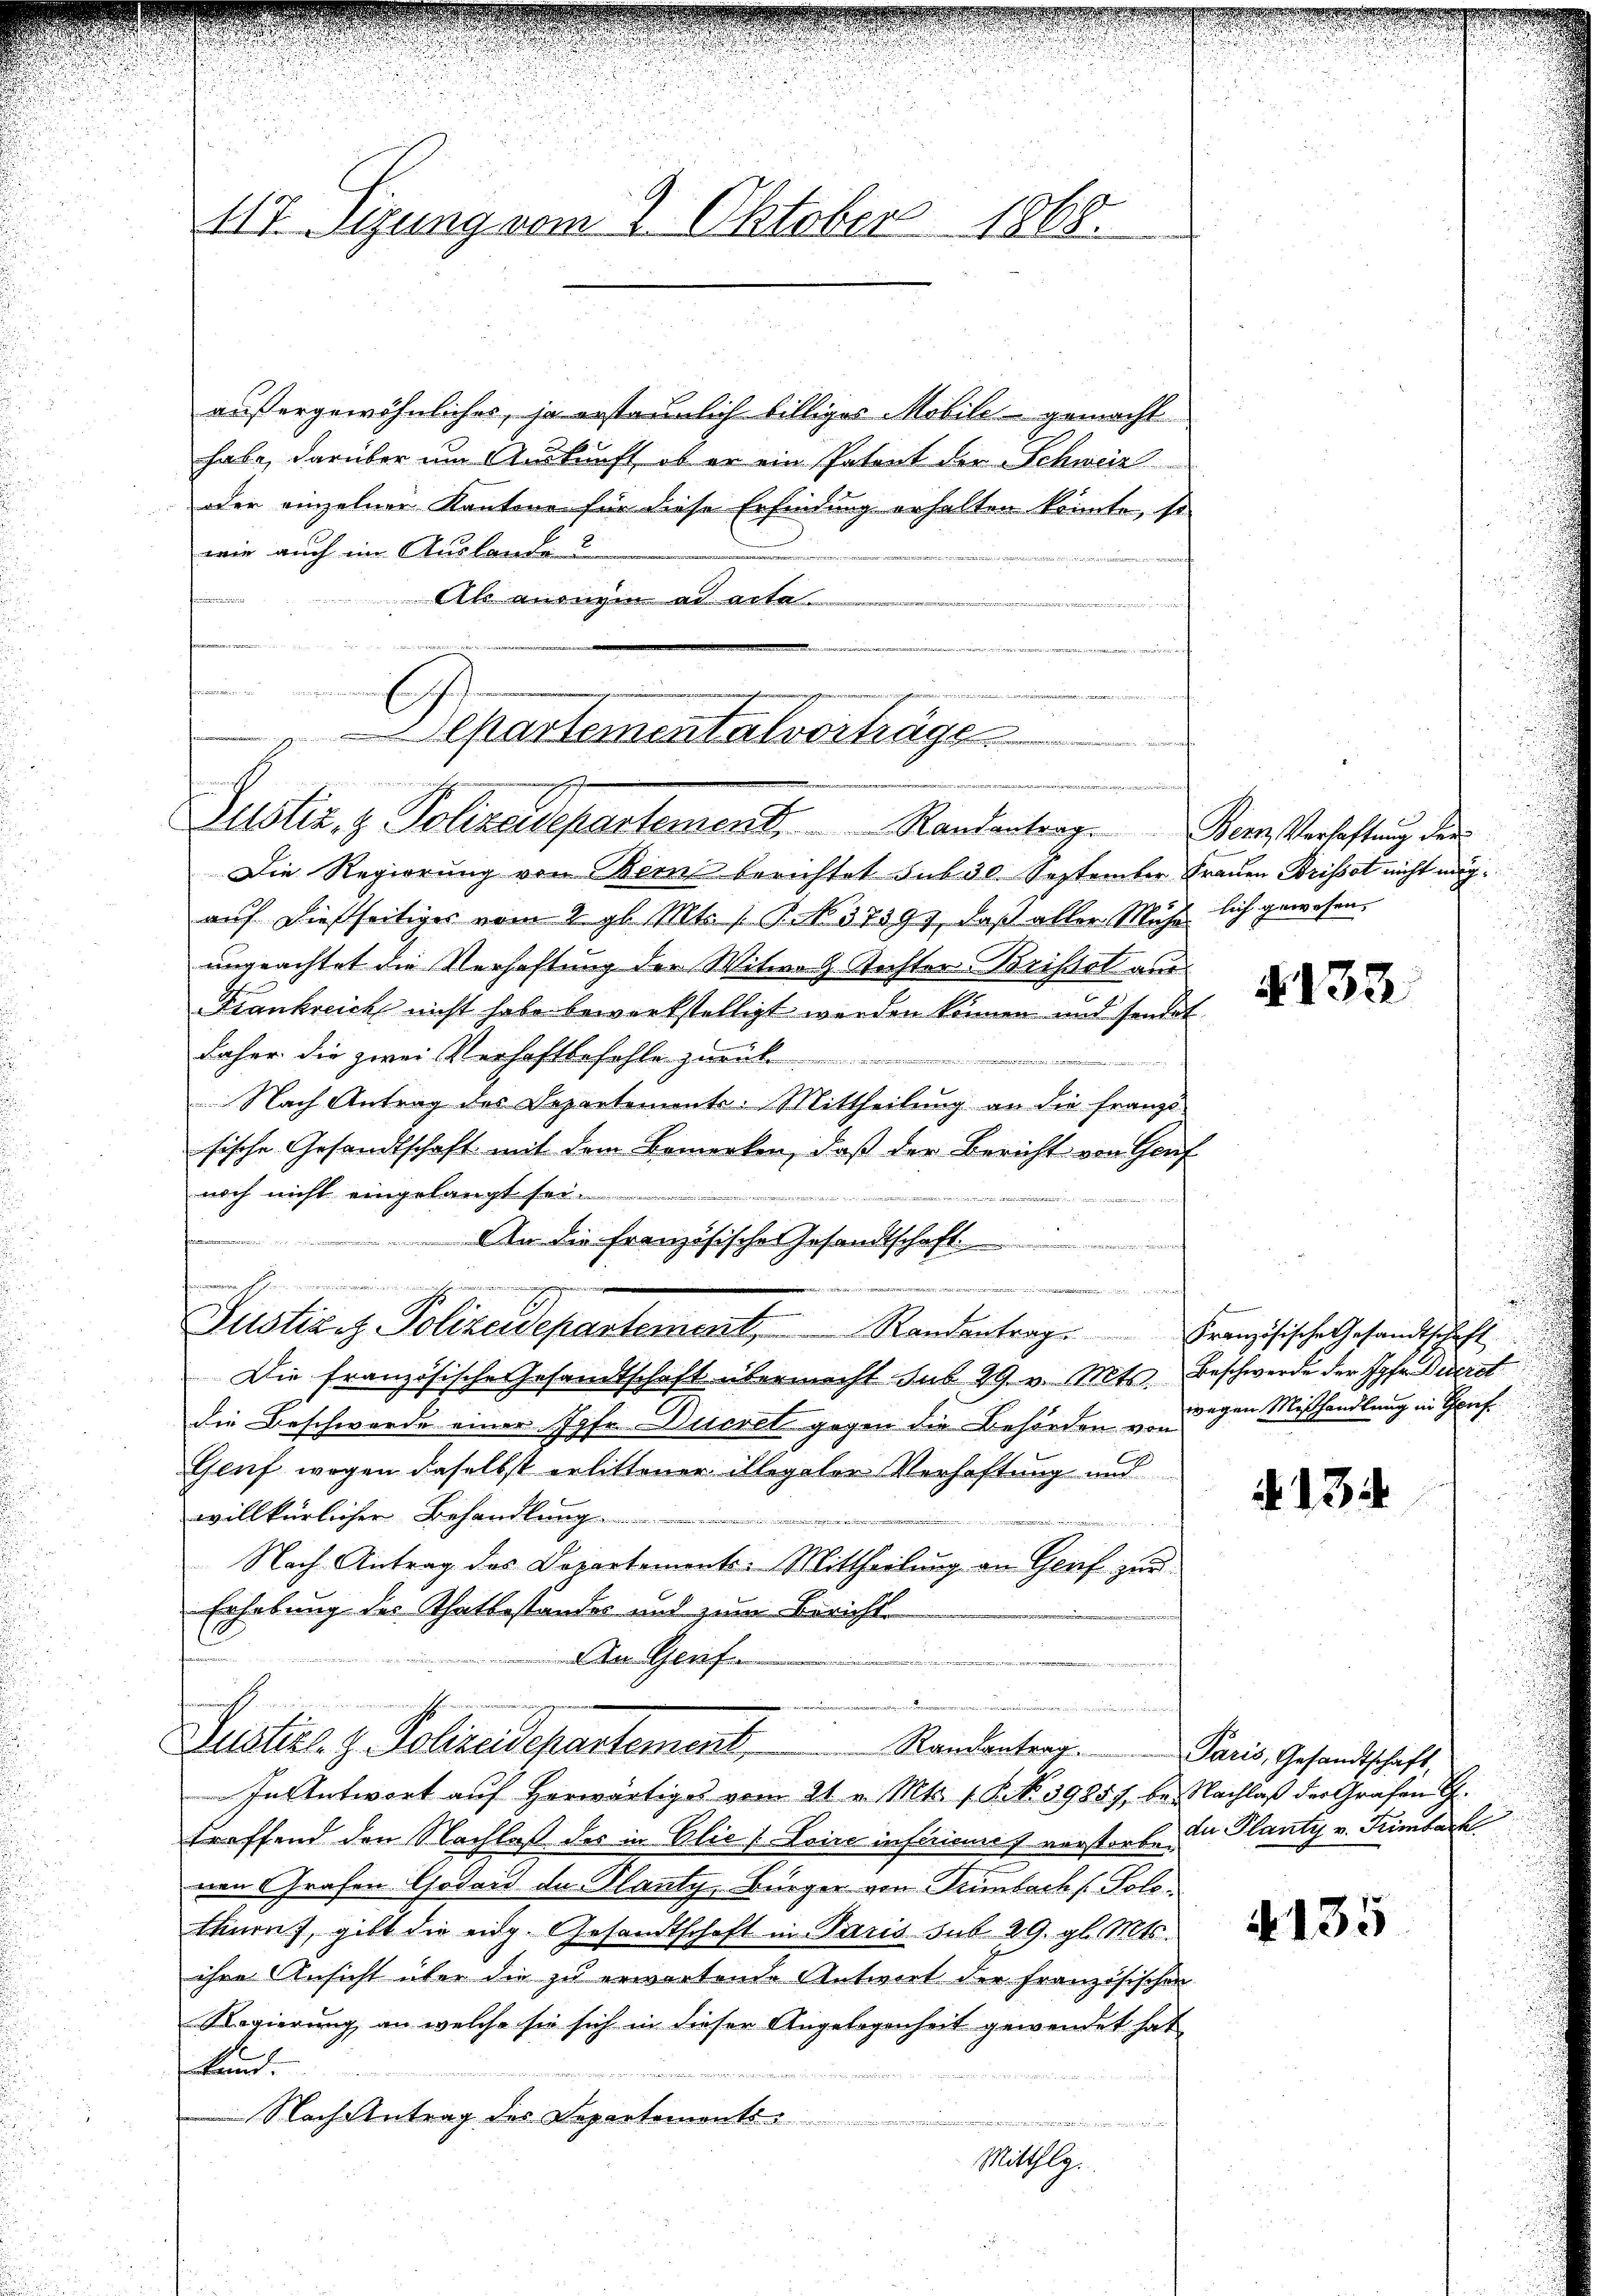
117. Sitzung vom 2. Oktober 1868.

Zustiz- & Polizeidepartement. Kantantrag. Der Verlachtung des

Justiz- & Polizeidepartement Randantrag. Paris, Gesandtschaft,

außergewöhnliches, ja erstaunlich billiges Mobile gemacht
habe, darüber um Auskunft, ob er ein Patent der Schweiz
oder einzelner Kantone für diese Erfindung erhalten könnte, so
wie auch im Auslande
Al anregen ad acta
u
epartementalvorträge

Die Regierung von Bern berichtet sub 30. September Frauen Brissot nicht mögauf dießseitiges vom 2. gl. Mts. (T. N. 37594, daß aller Mühe lich gewesen.
ungeachtet die Verhaftung der Witwe G. Richter Brissel aus
Frankreich nicht habe bewerkstelligt werden können und sondet
daher die zwei Verhaftbefehle zurück
.
Nach Antrag des Departements: Mittheilung an die franz-
sische Gesandtschaft mit dem Bemerken, daß der Bericht von Genf
noch nicht eingelangt sei.
en
An die französische Gesandtschaft
s

Justiz z. Polizeidepartement Randantrag. Französische Gesandtschaft
Die französische Gesamtschaft übermacht sub 29 v. Mts. Beschwerde der Jahr Discret
die Beschwerde einer Jahr Ducret gegen die Behörden undigen Mißhandlung in Torf¬
Genf wegen daselbst erlittener illegaler Verhaftung und
willkürlichen Behandlung
Nach Antrag des Departements-Mittheilung an Genf zur
Erhebung des Thatbestandes und zum Bericht
An Genf

e

In Antwort auf herwärtiges vom 21. v. Mts. 1. P. N. 39857, bei Nachlaß der Grafen G
treffend den Nachlaß des in Elie (Loire instimmes verstorben in Planty v. Feimbach
nen Grafen Godass de Planty, Bürger von Trimbach (Polothurn), gibt die eidg. Gesandtschaft in Paris sub 29. gl. Mts.
ihre Ansicht über die zu erwartende Antwort der französischen
Regierung, an welche sie sich in dieser Angelegenheit gewendet hat
Lan
Nach Antrag des Departements¬
.
u
Mitthlg.

§. 132

134

4135